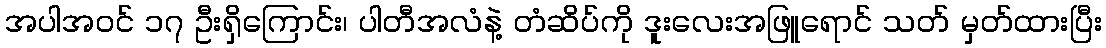
အပါအဝင် ၁၇ ဦးရှိကြောင်း၊ ပါတီအလံနဲ့ တံဆိပ်ကို ဒူးလေးအဖြူရောင် သတ် မှတ်ထားပြီး